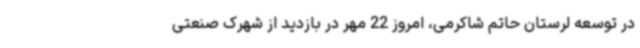
در توسعه لرستان حاتم شاکرمی، امروز 22 مهر در بازدید از شهرک صنعتی